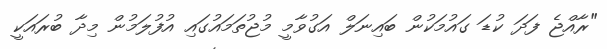
"ރާއްޖެ ފަދަ ކުޑަ ގައުމަކުން ބައިނަލް އަގުވާމީ މުޖުތަމައުގައި އުފުލަމުން މިދާ ބުރައަކީ